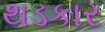
થડકાર